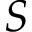
S